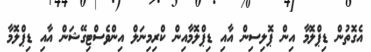
އެގޮތުން ޑިޕްލޮމާ އިން ޕޮލިސިން އާއި ޑިޕްލޮމާއިން ކްރިމިނަލް އިންވެސްޓިގޭޝަން އާއި ޑިޕްލޮމާ